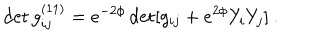
\det g _ { i j } ^ { ( 1 1 ) } = e ^ { - 2 \phi } \det [ g _ { i j } + e ^ { 2 \phi } Y _ { i } Y _ { j } ] \ .